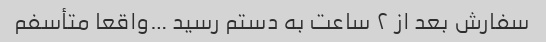
سفارش بعد از ٢ ساعت به دستم رسید …واقعا متأسفم